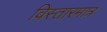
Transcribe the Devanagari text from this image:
विस्तारमात्र